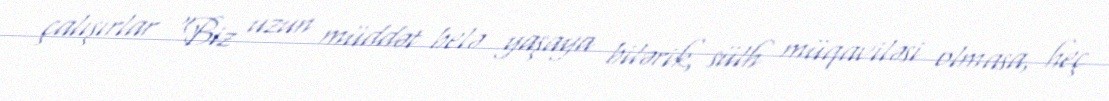
çalışırlar “Biz uzun müddət belə yaşaya bilərik, sülh müqaviləsi olmasa, heç